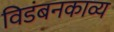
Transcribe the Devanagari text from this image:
विडंबनकाव्य